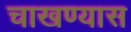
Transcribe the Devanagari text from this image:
चाखण्यास